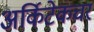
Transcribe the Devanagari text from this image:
अर्किटेकचर